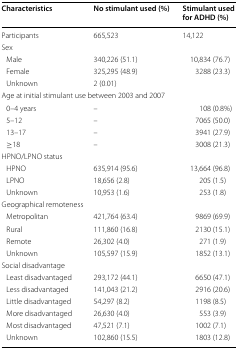
<table><thead><tr><td><b>Characteristics</b></td><td><b>No stimulant used (%)</b></td><td><b>Stimulant used for ADHD (%)</b></td></tr></thead><tbody><tr><td>Participants</td><td>665,523</td><td>14,122</td></tr><tr><td colspan="3">Sex</td></tr><tr><td> Male</td><td>340,226 (51.1)</td><td>10,834 (76.7)</td></tr><tr><td> Female</td><td>325,295 (48.9)</td><td>3288 (23.3)</td></tr><tr><td> Unknown</td><td>2 (0.01)</td><td></td></tr><tr><td colspan="3">Age at initial stimulant use between 2003 and 2007</td></tr><tr><td> 0–4 years</td><td>–</td><td>108 (0.8%)</td></tr><tr><td> 5–12</td><td>–</td><td>7065 (50.0)</td></tr><tr><td> 13–17</td><td>–</td><td>3941 (27.9)</td></tr><tr><td> ≥18</td><td>–</td><td>3008 (21.3)</td></tr><tr><td colspan="3">HPNO/LPNO status</td></tr><tr><td> HPNO</td><td>635,914 (95.6)</td><td>13,664 (96.8)</td></tr><tr><td> LPNO</td><td>18,656 (2.8)</td><td>205 (1.5)</td></tr><tr><td> Unknown</td><td>10,953 (1.6)</td><td>253 (1.8)</td></tr><tr><td colspan="3">Geographical remoteness</td></tr><tr><td> Metropolitan</td><td>421,764 (63.4)</td><td>9869 (69.9)</td></tr><tr><td> Rural</td><td>111,860 (16.8)</td><td>2130 (15.1)</td></tr><tr><td> Remote</td><td>26,302 (4.0)</td><td>271 (1.9)</td></tr><tr><td> Unknown</td><td>105,597 (15.9)</td><td>1852 (13.1)</td></tr><tr><td colspan="3">Social disadvantage</td></tr><tr><td> Least disadvantaged</td><td>293,172 (44.1)</td><td>6650 (47.1)</td></tr><tr><td> Less disadvantaged</td><td>141,043 (21.2)</td><td>2916 (20.6)</td></tr><tr><td> Little disadvantaged</td><td>54,297 (8.2)</td><td>1198 (8.5)</td></tr><tr><td> More disadvantaged</td><td>26,630 (4.0)</td><td>553 (3.9)</td></tr><tr><td> Most disadvantaged</td><td>47,521 (7.1)</td><td>1002 (7.1)</td></tr><tr><td> Unknown</td><td>102,860 (15.5)</td><td>1803 (12.8)</td></tr></tbody></table>